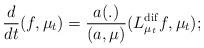
LaTeX: \begin{align*}\frac{d}{dt}(f, \mu_t) = \frac{a(.)}{(a,\mu)}(L^{\rm dif}_{\mu_t}f,\mu_t);\end{align*}